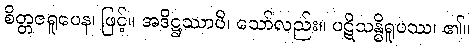
စိတ္တဇရူပေန၊ ဖြင့်။ အဒိဋ္ဌဿာပိ၊ သော်လည်း။ ပဋိသန္ဓိရူပဿ၊ ၏။